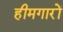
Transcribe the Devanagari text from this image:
हीमगारों